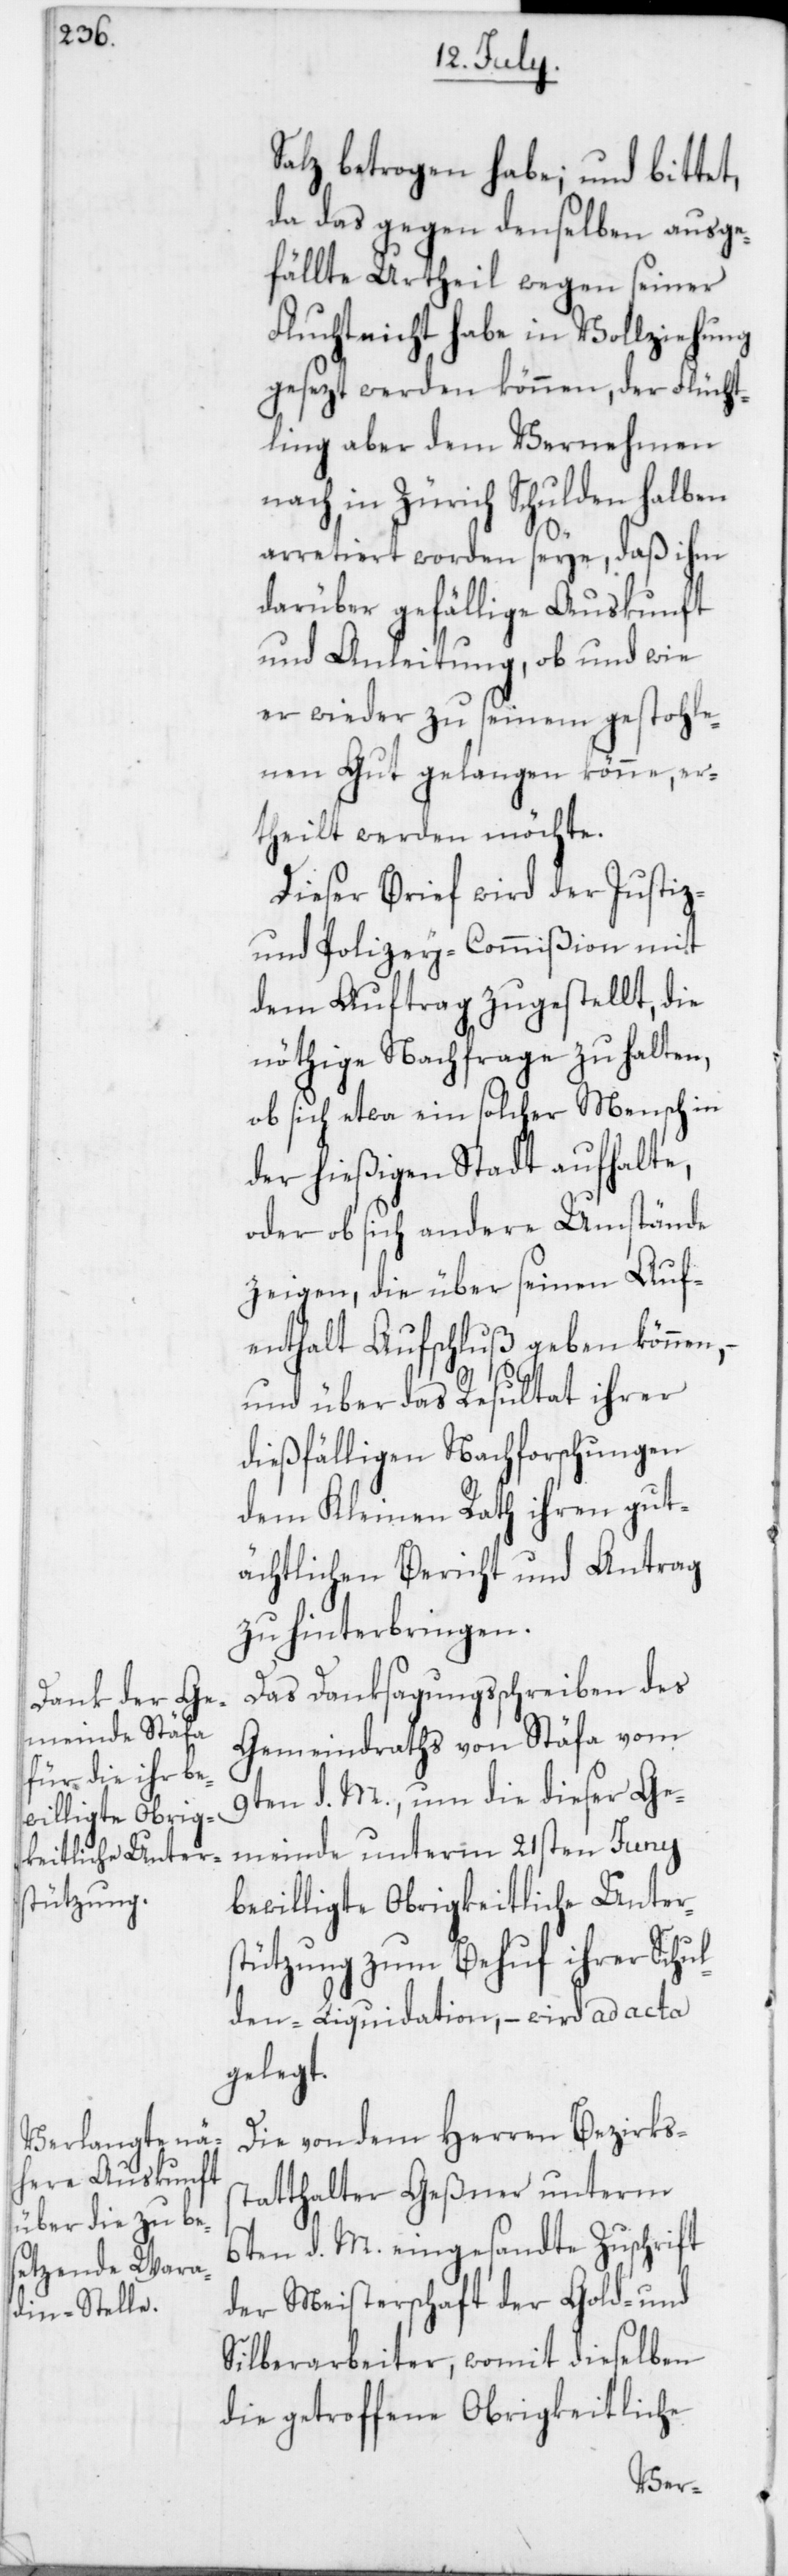
Salz betrogen habe; und bittet,
da das gegen denselben ausge¬
fällte Urtheil wegen seiner
Flucht nicht habe in Vollziehung
gesezt werden können, der Flücht¬
ling aber dem Vernehmen
nach in Zürich Schulden halben
arretiert worden seye, daß ihm
darüber gefällige Auskunft
und Anleitung, ob und wie
er wieder zu seinem gestohle¬
nen Gut gelangen könne, er¬
theilt werden möchte.
Dieser Brief wird der Justiz-
und Polizey-Commißion mit
dem Auftrag zugestellt, die
nöthige Nachfrage zu halten,
ob sich etwa ein solcher Mensch in
der hießigen Stadt aufhalte,
oder ob sich andere Umstände
zeigen, die über seinen Auf¬
enthalt Aufschluß geben können,
und über das Resultat ihrer
dießfälligen Nachforschungen
dem Kleinen Rath ihren gut¬
ächtlichen Bericht und Antrag
zu hinterbringen.
Das Danksagungsschreiben des
Gemeindraths von Stäfa vom
9ten d. M., um die dieser Ge¬
meinde unterm 21sten Juny
bewilligte Obrigkeitliche Unter¬
stützung zum Behuf ihrer Schu¬
lden-Liquidation, – wird ad acta
gelegt.
Die von dem Herren Bezirks¬
statthalter Geßner unterm
6ten d. M. eingesandte Zuschrift
der Meisterschaft der Gold- und
Silberarbeiter, womit dieselben
die getroffene Obrigkeitliche